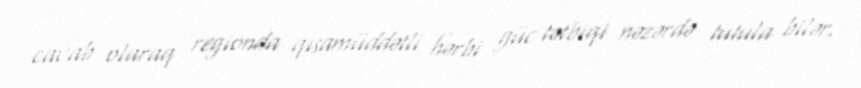
cavab olaraq regionda qısamüddətli hərbi güc tətbiqi nəzərdə tutula bilər.